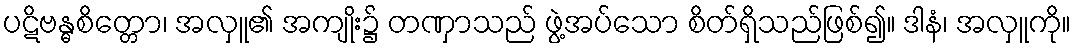
ပဋိဗန္ဓစိတ္တော၊ အလှူ၏ အကျိုး၌ တဏှာသည် ဖွဲ့အပ်သော စိတ်ရှိသည်ဖြစ်၍။ ဒါနံ၊ အလှူကို။